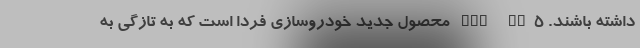
داشته باشند. FMC SX5 محصول جدید خودروسازی فردا است که به تازگی به